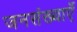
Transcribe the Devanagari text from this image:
जनसंख्याएँ